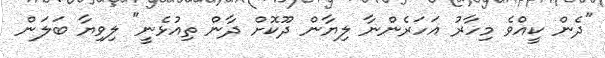
"ދެން ކީއްވެ މިހާރު އަހަރެންނާ ލިޔާން ދޫކޮށް ދާން ތިއުޅެނީ" ލިވިޔާ ބަލަން